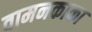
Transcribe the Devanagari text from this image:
वामनकाका